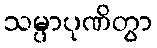
သမ္ပာပုဏိတွာ